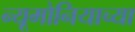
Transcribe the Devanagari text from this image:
न्यूमोनियाच्या